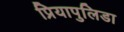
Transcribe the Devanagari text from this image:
प्रियापुलिडा